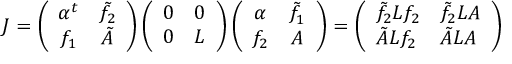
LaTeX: J = \left( \begin{array} { c c } { { \alpha ^ { t } } } & { { \tilde { f } _ { 2 } } } \\ { { f _ { 1 } } } & { { \tilde { A } } } \end{array} \right) \left( \begin{array} { l l } { { 0 } } & { { 0 } } \\ { { 0 } } & { { L } } \end{array} \right) \left( \begin{array} { c c } { { \alpha } } & { { \tilde { f } _ { 1 } } } \\ { { f _ { 2 } } } & { { A } } \end{array} \right) = \left( \begin{array} { l l } { { \tilde { f } _ { 2 } L f _ { 2 } } } & { { \tilde { f } _ { 2 } L A } } \\ { { \tilde { A } L f _ { 2 } } } & { { \tilde { A } L A } } \end{array} \right)